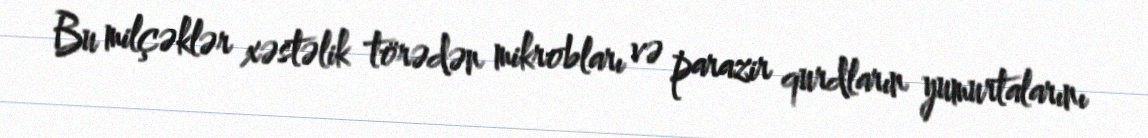
Bu milçəklər xəstəlik törədən mikrobları və parazir qurdların yumurtalarını